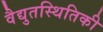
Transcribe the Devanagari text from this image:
वैद्युतस्थितिकी